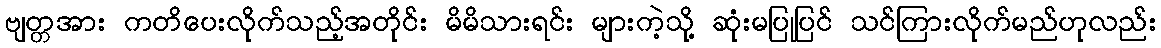
ဗျတ္တအား ကတိပေးလိုက်သည့်အတိုင်း မိမိသားရင်း များကဲ့သို့ ဆုံးမပြုပြင် သင်ကြားလိုက်မည်ဟုလည်း